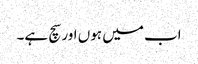
اب میں ہوں اور سچ ہے۔